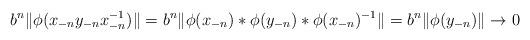
LaTeX: \begin{align*}b^n\|\phi(x_{-n}y_{-n}x_{-n}^{-1})\|=b^n\|\phi(x_{-n})*\phi(y_{-n})* \phi(x_{-n})^{-1}\|=b^n\|\phi(y_{-n})\|\to 0\end{align*}